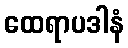
ထေရာပဒါနံ